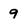
Character: 9